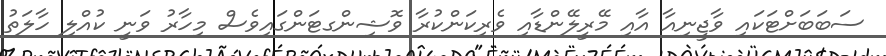
ސަބަބަށްޓަކައި ވާޖީނިއާ އާއި މޭރީލޭންޑާއި ވެރިކަންކުރާ ވޮޝިންގޓަންގައިވެސް މިހާރު ވަނީ ކުއްލި ހާލަތު